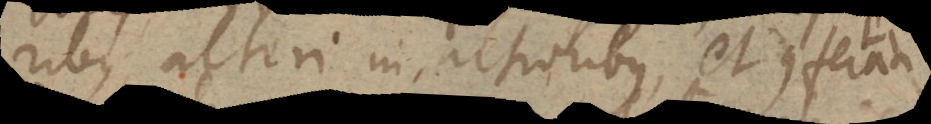
ribus, alteri in altioribus, et conferantur